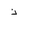
Letter: _thal